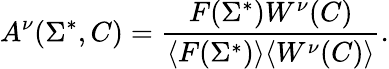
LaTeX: A^{\nu}(\Sigma^{*},C)={\frac{F(\Sigma^{*})W^{\nu}(C)}{\langle F(\Sigma^{*})\rangle\langle W^{\nu}(C)\rangle}}.